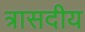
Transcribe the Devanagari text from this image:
त्रासदीय